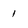
Character: 1